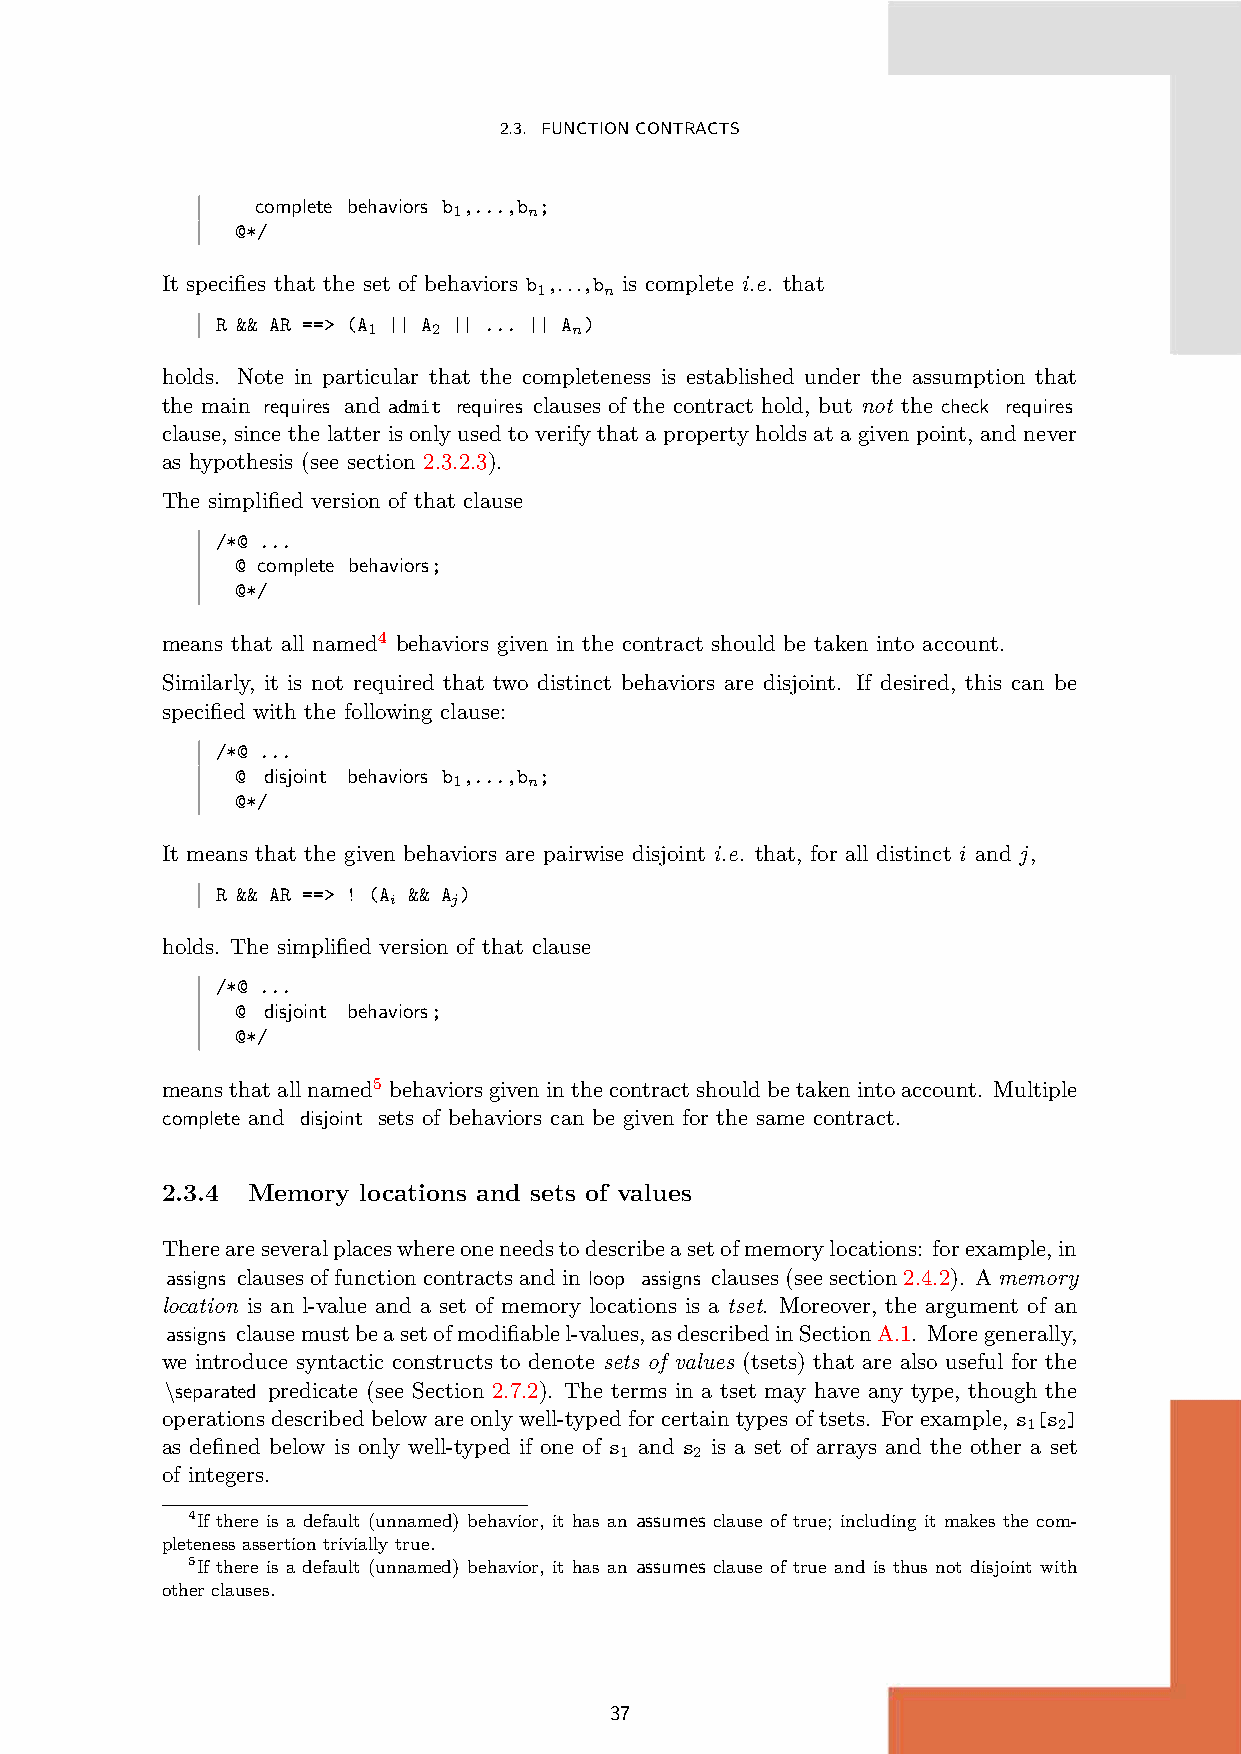
2.3. FUNCTIONCONTRACTS
 complete behaviors b ,...,b ;
 1    n
 @*/
 It specifies that the set of behaviors b ,...,b is complete i.e. that
 1   n
 R && AR ==> (A || A || ... || A )
 1    2        n
 holds. Note in particular that the completeness is established under the assumption that
 the main requires and admit requires clauses of the contract hold, but not the check requires
 clause, since the latter is only used to verify that a property holds at a given point, and never
 as hypothesis (see section 2.3.2.3).
 The simplified version of that clause
 /*@ ...
 @ complete behaviors;
 @*/
 means that all named4 behaviors given in the contract should be taken into account.
 Similarly, it is not required that two distinct behaviors are disjoint. If desired, this can be
 specified with the following clause:
 /*@ ...
 @ disjoint behaviors b ,...,b ;
 1    n
 @*/
 It means that the given behaviors are pairwise disjoint i.e. that, for all distinct i and j,
 R && AR ==> ! (A && A )
 i   j
 holds. The simplified version of that clause
 /*@ ...
 @ disjoint behaviors;
 @*/
 meansthatallnamed5 behaviorsgiveninthecontractshouldbetakenintoaccount. Multiple
 complete and disjoint sets of behaviors can be given for the same contract.
 2.3.4 Memory locations and sets of values
 Thereareseveralplaceswhereoneneedstodescribeasetofmemorylocations: forexample,in
 assigns clausesoffunctioncontractsandin loop assigns clauses(seesection2.4.2). Amemory
 location is an l-value and a set of memory locations is a tset. Moreover, the argument of an
 assigns clausemustbeasetofmodifiablel-values,asdescribedinSectionA.1. Moregenerally,
 we introduce syntactic constructs to denote sets of values (tsets) that are also useful for the
 \separated predicate (see Section 2.7.2). The terms in a tset may have any type, though the
 operations described below are only well-typed for certain types of tsets. For example, s [s ]
 1 2
 as defined below is only well-typed if one of s and s is a set of arrays and the other a set
 1    2
 of integers.
 4If there is a default (unnamed) behavior, it has an assumes clause of true; including it makes the com-
 pleteness assertion trivially true.
 5If there is a default (unnamed) behavior, it has an assumes clause of true and is thus not disjoint with
 other clauses.
 37